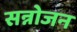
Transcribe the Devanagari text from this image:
सन्नोजन